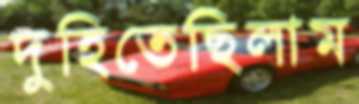
দুহিতেছিলাম